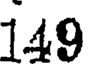
149